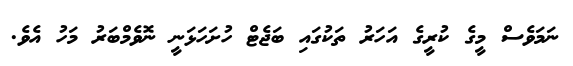
ނަމަވެސް މީގެ ކުރީގެ އަހަރު ތަކުގައި ބަޖެޓް ހުށަހަޅަނީ ނޮވެމްބަރު މަހު އެވެ.